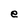
Character: e